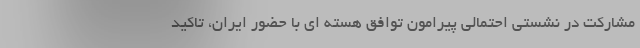
مشارکت در نشستی احتمالی پیرامون توافق هسته ای با حضور ایران، تاکید